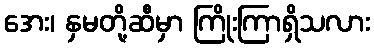
အေး၊ နှမတို့ဆီမှာ ကြိုးကြာရှိသလား